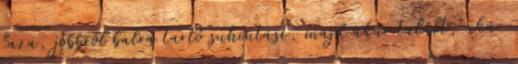
laza, jobbról balra tartó suhintást, majd akár talált, akár